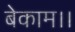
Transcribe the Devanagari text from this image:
बेकाम।।